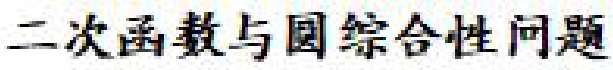
二次函数与圆综合性问题